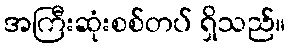
အကြီးဆုံးစစ်တပ် ရှိသည်။